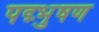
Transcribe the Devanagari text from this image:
पद्म्भुषण